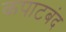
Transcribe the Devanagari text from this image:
कपाटबंद